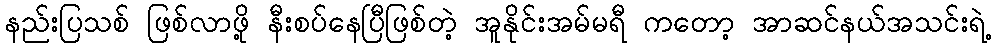
နည်းပြသစ် ဖြစ်လာဖို့ နီးစပ်နေပြီဖြစ်တဲ့ အူနိုင်းအမ်မရီ ကတော့ အာဆင်နယ်အသင်းရဲ့